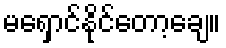
မရှောင်နိုင်တော့ချေ။